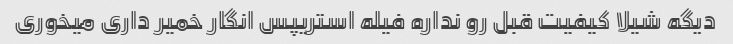
دیگه شیلا کیفیت قبل رو نداره فیله استریپس انگار خمیر داری میخوری